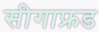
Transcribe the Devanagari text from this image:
सीगाफ्रड